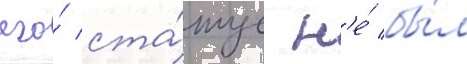
его́ ста́тус н'е́ бы́л